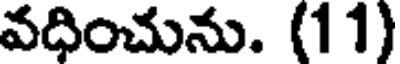
వధించును. (11)